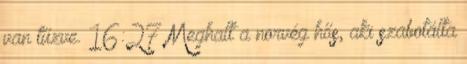
van tűzve. 16:27 Meghalt a norvég hős, aki szabotálta